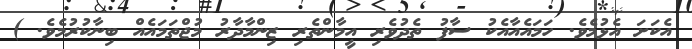
އެކަށަ އެޅުމެވެ. ހަމައެއާއެކު ސާފު ތެދުވެރި އީމާންތެރި ޒިންމާދާރު މުޖްތަމައެއް ބިނާކުރުމެވެ. )